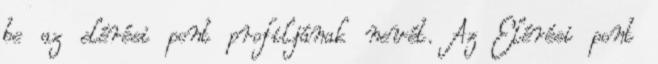
be az elérési pont profiljának nevét. Az Elérési pont